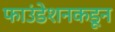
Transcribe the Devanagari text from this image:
फाउंडेशनकडून